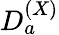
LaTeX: D_{a}^{(X)}